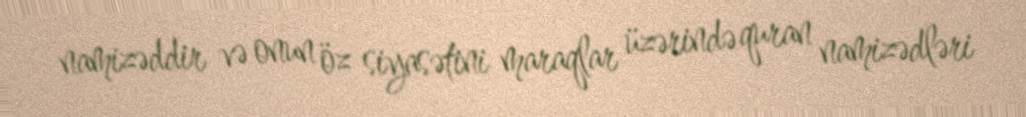
namizəddir və onun öz siyasətini maraqlar üzərində quran namizədləri